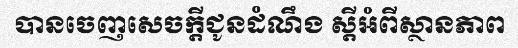
បានចេញសេចក្តីជូនដំណឹង ស្តីអំពីស្ថានភាព